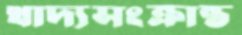
খাদ্যসংক্রান্ত